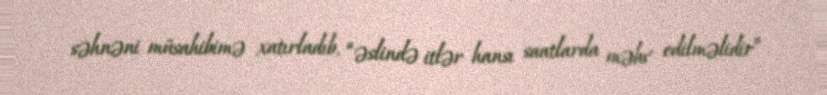
səhnəni müsahibimə xatırladıb, “əslində itlər hansı saatlarda məhv edilməlidir”